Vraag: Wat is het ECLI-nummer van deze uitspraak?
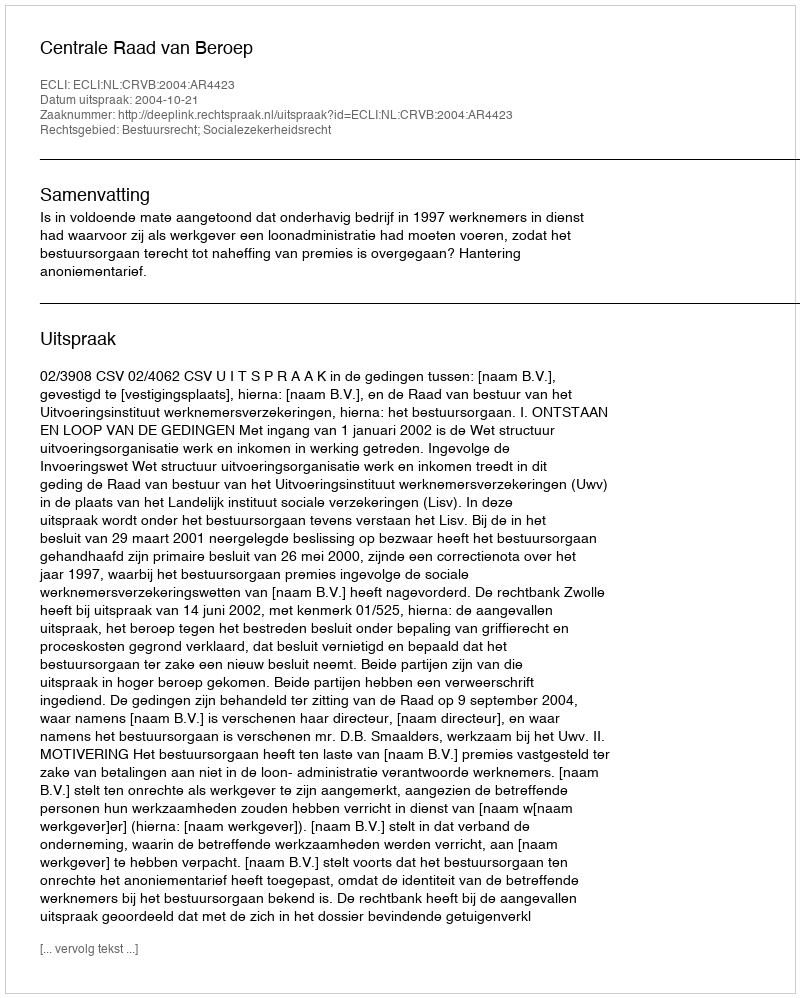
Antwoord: ECLI:NL:CRVB:2004:AR4423